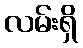
လမ်းရှိ